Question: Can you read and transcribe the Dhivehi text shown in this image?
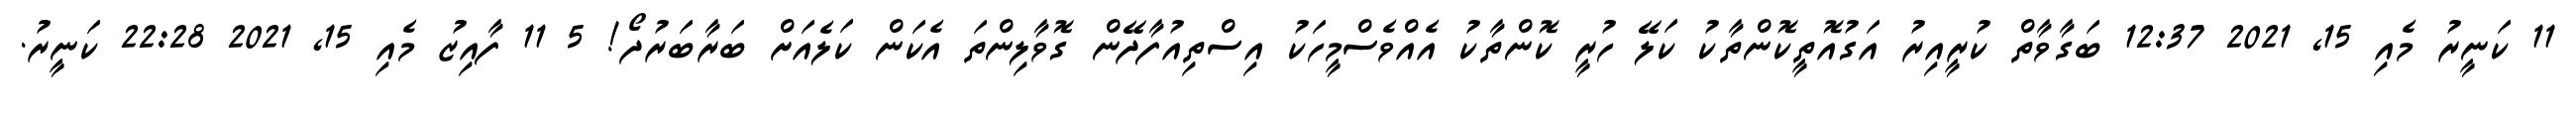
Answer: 11 ކަނީރު މެއި 15, 2021 12:37 ބަގާވާތް ކުރީއިރު އަގުއޮތީކޮންތާކު ކަލޭ ހުރީ ކޮންތާކު އެއްވެސްމީހަކު އިސްތިއުފާދޭން ގޮވާލިންތަ އެކަން ކަލެއަށް ބަރާބަރުދޯ! 5 11 ފާއިޒު މެއި 15, 2021 22:28 ކަނީރު.